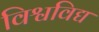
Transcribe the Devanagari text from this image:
विश्वविद्य